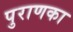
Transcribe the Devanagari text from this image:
पुराणका